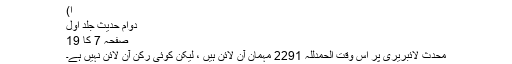
ا)
دوام حدیث جلد اول
صفحہ 7 کا 19
محدث لائبریری پر اس وقت الحمدللہ 2291 مہمان آن لائن ہیں ، لیکن کوئی رکن آن لائن نہیں ہے۔